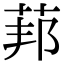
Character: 𦰥